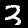
Digit: 3